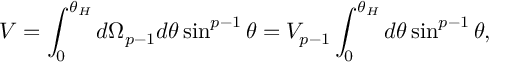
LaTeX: { \cal V } = \int _ { 0 } ^ { \theta _ { H } } d \Omega _ { p - 1 } d \theta \sin ^ { p - 1 } \theta = V _ { p - 1 } \int _ { 0 } ^ { \theta _ { H } } d \theta \sin ^ { p - 1 } \theta ,